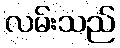
လမ်းသည်